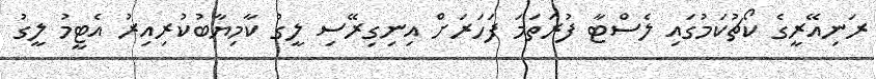
ރަނިއޭރީގެ ކޯޗުކަމުގައި ލެސްޓާ ފުރަތަމަ ފަހަރަށް އިނިގިރޭސި ލީގު ކާމިޔާބުކުރިއިރު އެޓީމު ލީގު